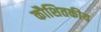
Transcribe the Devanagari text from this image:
कौशितकीय